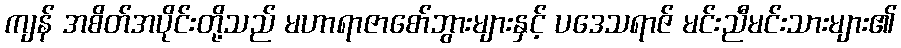
ကျန် အစိတ်အပိုင်းတို့သည် မဟာရာဇာစော်ဘွားများနှင့် ပဒေသရာဇ် မင်းညီမင်းသားများ၏